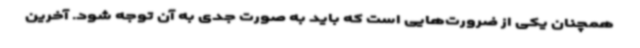
همچنان یکی از ضرورت‌هایی است که باید به صورت جدی به آن توجه شود. آخرین